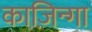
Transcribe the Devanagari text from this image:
काज़िन्गा